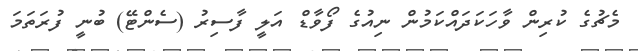
މެޗުގެ ކުރިން ވާހަކަދައްކަމުން ނިއުގެ ފޯވާޑް އަލީ ފާސިރު (ސެންޓޭ) ބުނީ ފުރަތަމަ